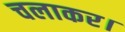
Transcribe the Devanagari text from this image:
चलाकर।